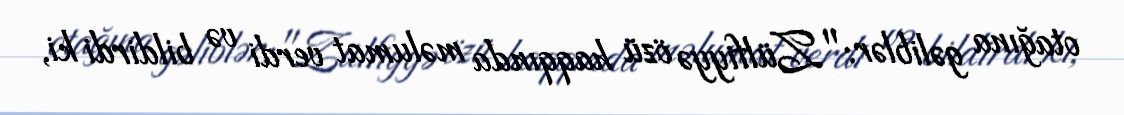
otağına gəliblər: "Zülfiyyə özü haqqında məlumat verdi və bildirdi ki,